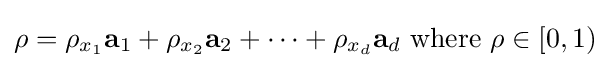
\rho =\rho _{x_{1}}\mathbf {a} _{1}+\rho _{x_{2}}\mathbf {a} _{2}+\dots +\rho _{x_{d}}\mathbf {a} _{d}{\text{ where }}\rho \in [0,1)